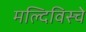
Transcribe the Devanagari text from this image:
मल्दिविस्चे